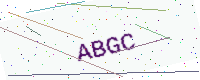
Text: ABGC